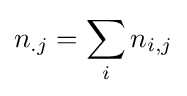
n_{.j}=\sum _{i}n_{i,j}